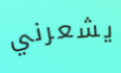
يشعرني